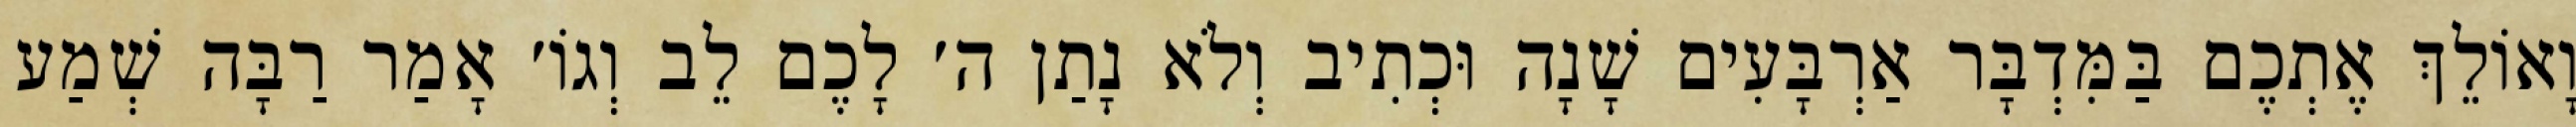
וָאוֹלֵךְ אֶתְכֶם בַּמִּדְבָּר אַרְבָּעִים שָׁנָה וּכְתִיב וְלֹא נָתַן ה׳ לָכֶם לֵב וְגוֹ׳ אָמַר רַבָּה שְׁמַע